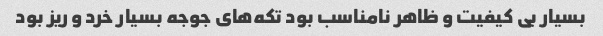
بسیار بی کیفیت و ظاهر نامناسب بود تکه‌های جوجه بسیار خرد و ریز بود